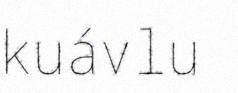
kuávlu